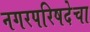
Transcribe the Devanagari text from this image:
नगरपरिषदेचा